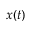
x ( t )